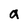
Character: a